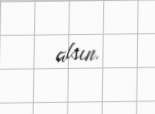
alsın.